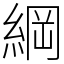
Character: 綱